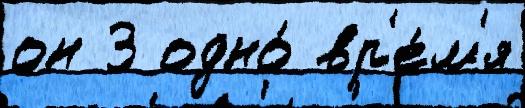
он 3 одно́ вр'е́м'я